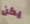
يكن